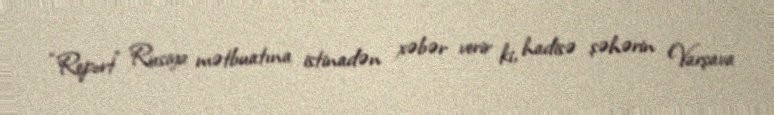
“Report” Rusiya mətbuatına istinadən xəbər verir ki, hadisə şəhərin Varşava